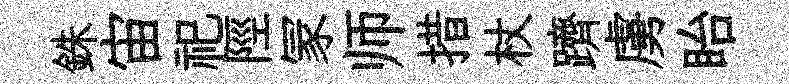
銖宙祀陘冡师措杖躋虜眙